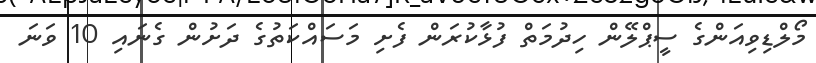
މޯލްޑިވިއަންގެ ސީޕްލޭން ހިދުމަތް ފުޅާކުރަން ފެށި މަސައްކަތުގެ ދަށުން ގެނައި 10 ވަނަ